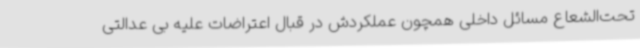
تحت‌الشعاع مسائل داخلی همچون عملکردش در قبال اعتراضات علیه بی عدالتی